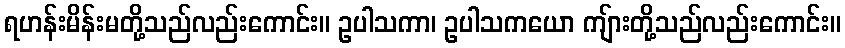
ရဟန်းမိန်းမတို့သည်လည်းကောင်း။ ဥပါသကာ၊ ဥပါသကယော ကျ်ားတို့သည်လည်းကောင်း။